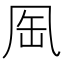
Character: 𠙈